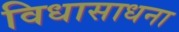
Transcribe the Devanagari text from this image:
विधासाधना